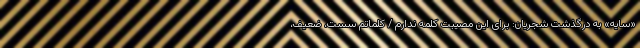
«سایه» به درگذشت شجریان: برای این مصیبت کلمه ندارم / کلماتم سست، ضعیف،